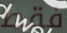
فقط